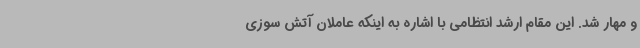
و مهار شد. این مقام ارشد انتظامی با اشاره به اینکه عاملان آتش سوزی